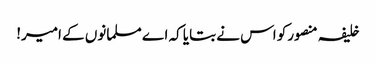
خلیفہ منصورکو اس نے بتایا کہ اے مسلمانوں کے امیر!